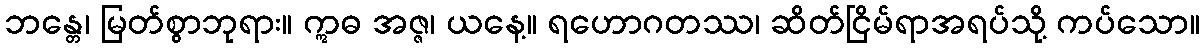
ဘန္တေ၊ မြတ်စွာဘုရား။ ဣဓ အဇ္ဇ၊ ယနေ့။ ရဟောဂတဿ၊ ဆိတ်ငြိမ်ရာအရပ်သို့ ကပ်သော။